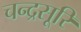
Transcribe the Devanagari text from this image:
चन्द्रसूरि